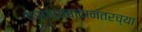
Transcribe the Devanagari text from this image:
वसाहतवादानंतरच्या